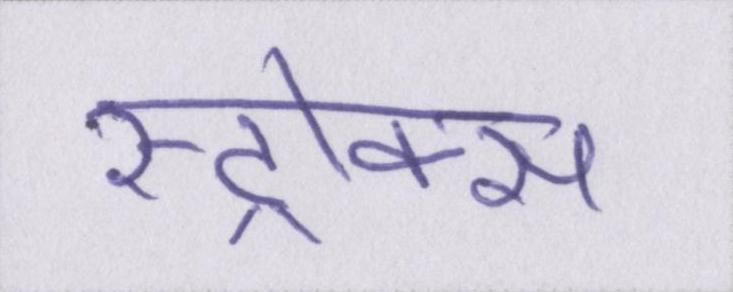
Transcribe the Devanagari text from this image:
स्ट्रोक्स